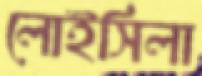
লোইসিলা